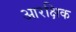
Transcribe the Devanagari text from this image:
आरक्षिक